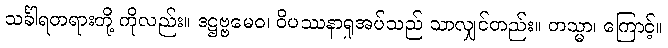
သင်္ခါရတရားတို့ ကိုလည်း။ ဒဋ္ဌဗ္ဗမေဝ၊ ဝိပဿနာရှုအပ်သည် သာလျှင်တည်း။ တသ္မာ၊ ကြောင့်။